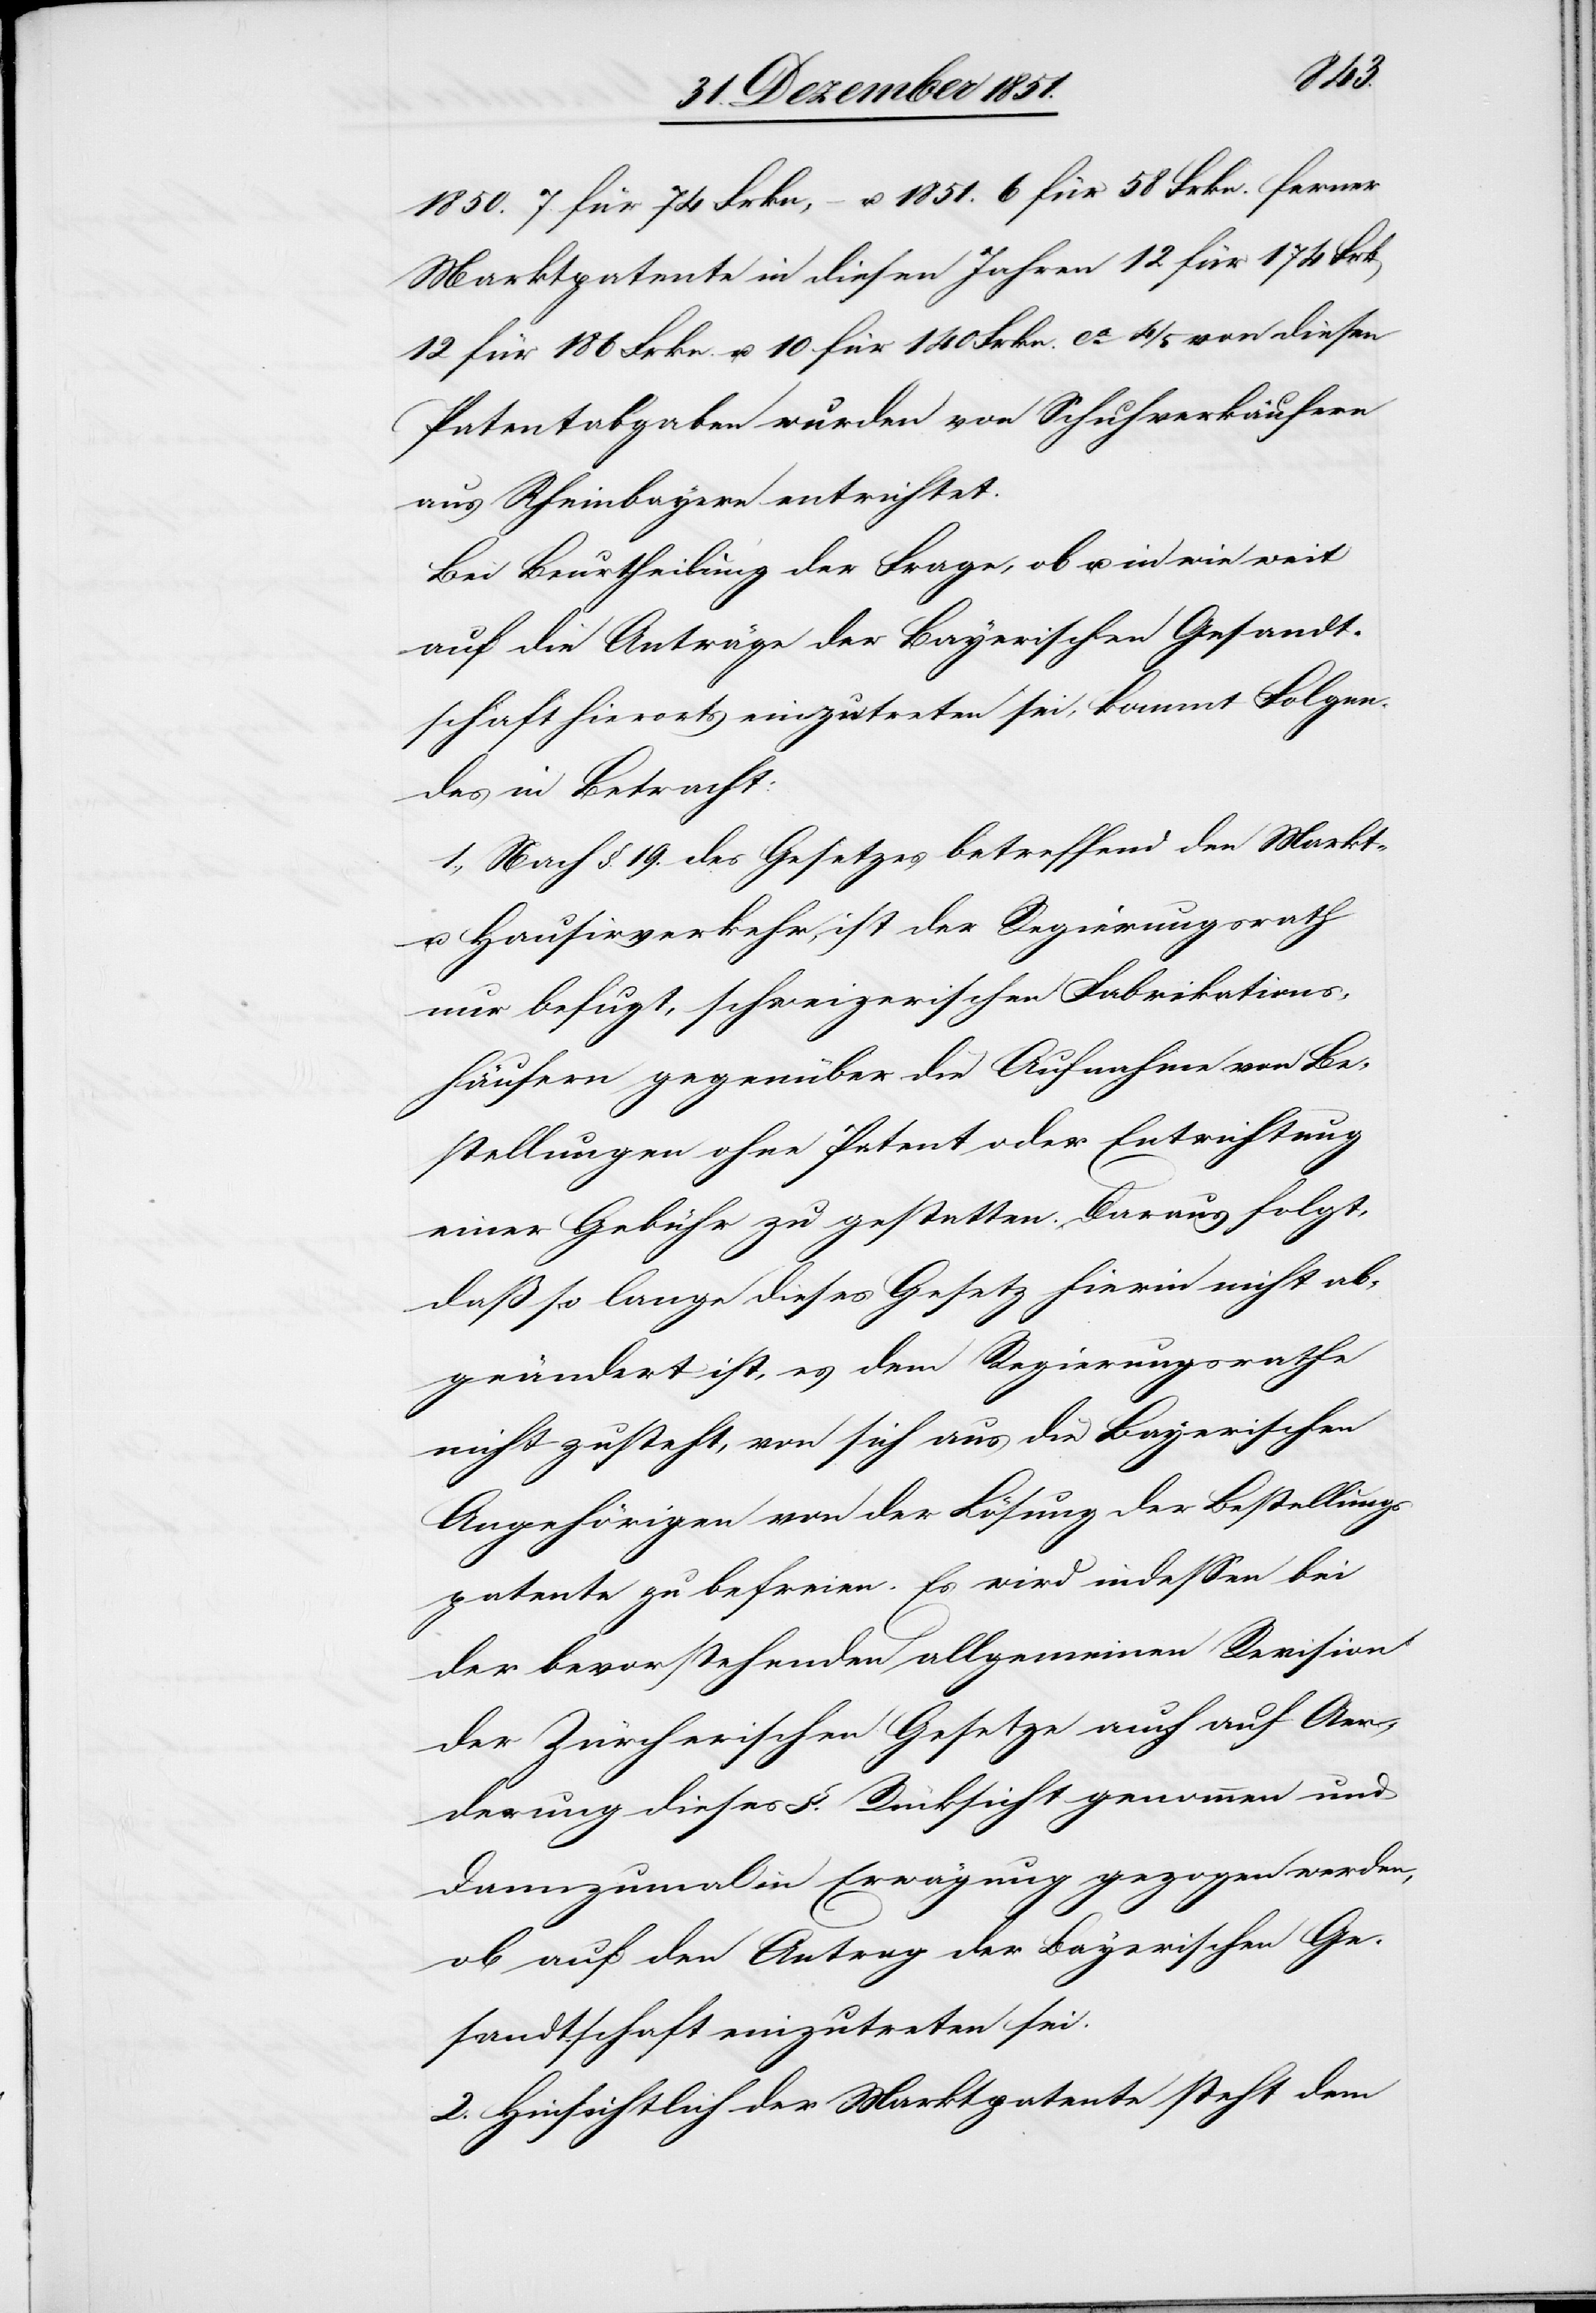
1850. 7. für 74 Frkn, – u. 1851. 6 für 58 Frkn. ferner
Marktpatente in diesen Jahren 12 für 174 Frk[en]
12 für 186 Frkn. u. 10 für 140 Frkn. ca. 4/5 von diesen
Patentabgaben wurden von Schuhverkäufern
aus Rheinbayern entrichtet.
Bei Beurtheilung der Frage, ob u. in wie weit
auf die Anträge der Bayerischen Gesandt¬
schaft hierorts einzutreten sei, kommt Folgen¬
des in Betracht:
1., Nach §. 19. des Gesetzes betreffend den Markt-
u. Hausirverkehr, ist der Regierungsrath
nur befugt, schweizerischen Fabrikations¬
häusern gegenüber die Aufnahme von Be¬
stellungen ohne Patent oder Entrichtung
einer Gebühr zu gestatten. Daraus folgt,
daß so lange dieses Gesetz hierin nicht ab¬
geändert ist, es dem Regierungsrathe
nicht zusteht, von sich aus die Bayerischen
Angehörigen von der Lösung der Bestellungs¬
patente zu befreien. Es wird indessen bei
der bevorstehenden allgemeinen Revision
der Zürcherischen Gesetze auch auf Aen¬
derung dieses §. Rücksicht genommen und
dannzumal in Erwägung gezogen werden,
ob auf den Antrag der Bayerischen Ge¬
sandtschaft einzutreten sei.
2. Hinsichtlich der Marktpatente steht dem